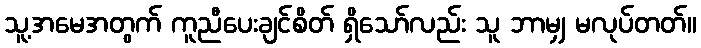
သူ့အမေအတွက် ကူညီပေးချင်စိတ် ရှိသော်လည်း သူ ဘာမျှ မလုပ်တတ်။